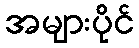
အများပိုင်